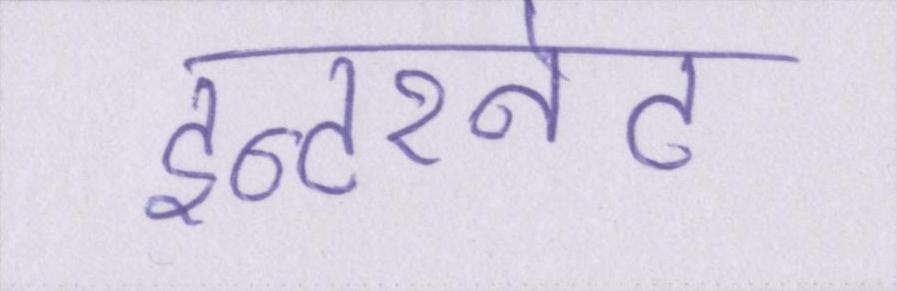
इन्टरनेट